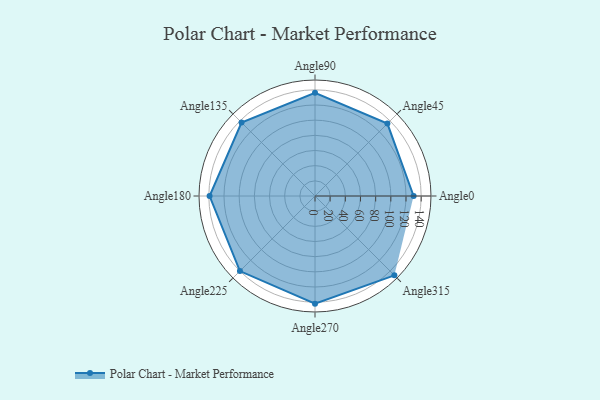
{"axis": {"x": "Angle", "y": "Radius"}, "legend": [""], "data": [{"x": "Angle0", "y": 130.0, "type": ""}, {"x": "Angle45", "y": 135.0, "type": ""}, {"x": "Angle90", "y": 136.0, "type": ""}, {"x": "Angle135", "y": 137.0, "type": ""}, {"x": "Angle180", "y": 139.0, "type": ""}, {"x": "Angle225", "y": 140.0, "type": ""}, {"x": "Angle270", "y": 142.0, "type": ""}, {"x": "Angle315", "y": 148.0, "type": ""}]}